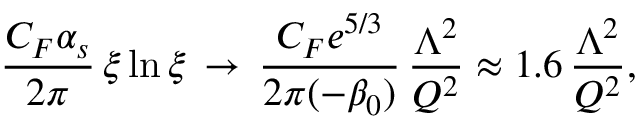
\frac { C _ { F } \alpha _ { s } } { 2 \pi } \, \xi \ln \xi \, \to \, \frac { C _ { F } e ^ { 5 / 3 } } { 2 \pi ( - \beta _ { 0 } ) } \, \frac { \Lambda ^ { 2 } } { Q ^ { 2 } } \approx 1 . 6 \, \frac { \Lambda ^ { 2 } } { Q ^ { 2 } } ,